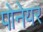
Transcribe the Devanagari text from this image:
पोनेयर